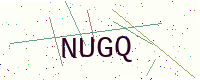
Text: NUGQ